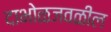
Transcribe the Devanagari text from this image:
दाभोळजवळील